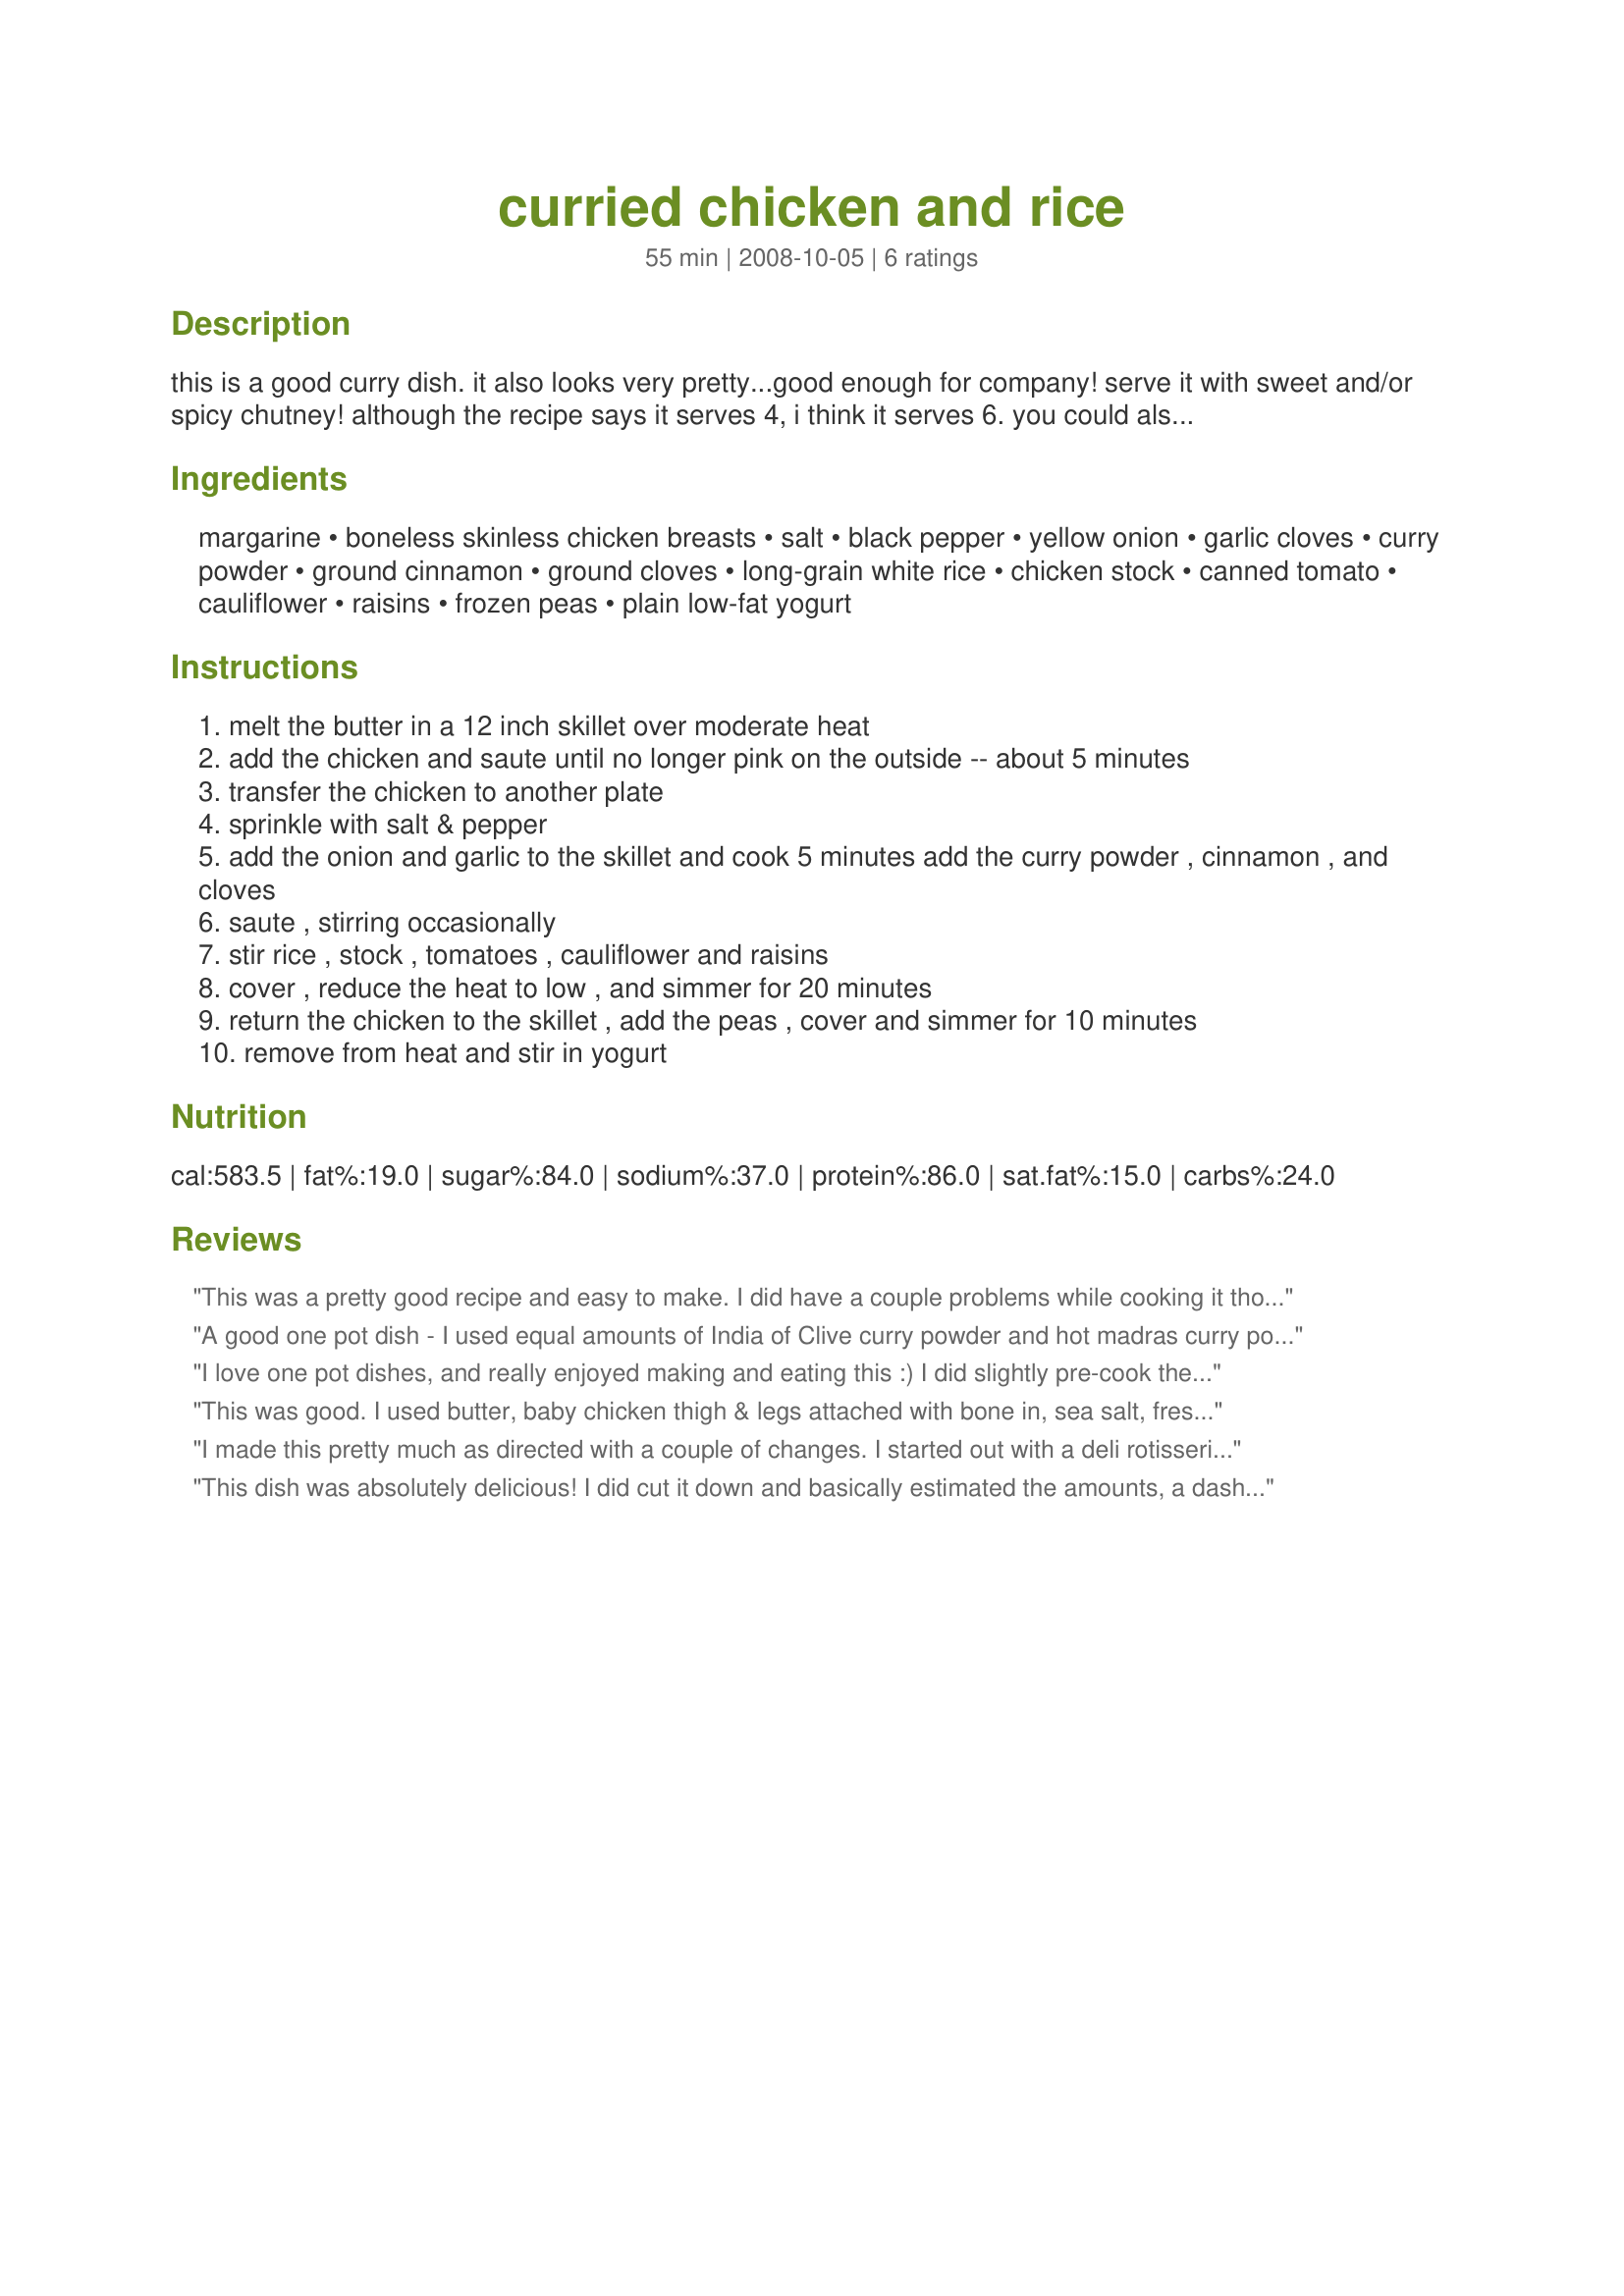
curried chicken and rice
Preparation time: 55 minutes

this is a good curry dish. it also looks very pretty...good enough for company! serve it with sweet and/or spicy chutney! although the recipe says it serves 4, i think it serves 6. you could also use this recipe for curried shrimp by substituting 1 1/4 lbs shelled and deveined shrimp. enjoy!

Ingredients:
margarine, boneless skinless chicken breasts, salt, black pepper, yellow onion, garlic cloves, curry powder, ground cinnamon, ground cloves, long-grain white rice, chicken stock, canned tomato, cauliflower, raisins, frozen peas, plain low-fat yogurt

Steps:
melt the butter in a 12 inch skillet over moderate heat
add the chicken and saute until no longer pink on the outside -- about 5 minutes
transfer the chicken to another plate
sprinkle with salt & pepper
add the onion and garlic to the skillet and cook 5 minutes add the curry powder , cinnamon , and cloves
saute , stirring occasionally
stir rice , stock , tomatoes , cauliflower and raisins
cover , reduce the heat to low , and simmer for 20 minutes
return the chicken to the skillet , add the peas , cover and simmer for 10 minutes
remove from heat and stir in yogurt

Reviews:
This was a pretty good recipe and easy to make. I did have a couple problems while cooking it though. I found that there after it was supposed to be done, that the rice was still crunchy and the liquid had disappeared. So I added another cup or so of stock and the rice and the cauliflower were both cooked by then. Maybe next time I make this I'd pre-cook the rice before adding it, same with the cauliflower, unless I just misunderstood and they were supposed to be cooked first. Either way, thanks for sharing this recipe :)
A good one pot dish - I used equal amounts of India of Clive curry powder and hot madras curry powder and omited the raisins and used Doongara rice for diabetic reasons but otherwise followed through as per recipe (except I foregot to add the sour cream at the end before serving) and everything cooked to perfection. The DH had an issue that he would have preferred his rice served on the side and then mix the curried chicken in to it but said the left overs (enough for 2 more serves) he would like in toated sandwiches or jaffles as we called them (see recipe #397003 Cheesy Chive and Onion Toasties/Jaffles for explanation) and for me well I didn't have enough control over the amount of rice I had and so had a slight spike inmy readings as I had to much in my portion. Overall the flavours were great and even the DM enjoyed and even stated that if there were left overs she would have for lunch and this is from a women who does not like curries or anything overy spicy but then again in goes back to the days when my dad made curries and they were definately always in the vindaloo range. Thanks you Breezermom, made for Photo Tag.
I love one pot dishes, and really enjoyed making and eating this :) I did slightly pre-cook the cauliflower, and let the peas defrost in a little water before using. I used basmati rice and didn't drain my canned tomatoes. Overall this was a nice curry, especially for people who dont enjoy hot or spicy curry. Thank you Breezermom, much enjoyed! Made for I Recommend tag game.<br/>Forgot to add that I did take your suggestion of shrimp and gently cooked some in garlic bautter, adding them to the curry when serving, as my daughter won't eat the shrimp! very nice!
This was good. I used butter, baby chicken thigh & legs attached with bone in, sea salt, freshly ground black pepper, recipe#442889, no ground cloves, Indian white Basmati rice, recipe#328649 as called for, Sunmaid Thompson raisins, frozen baby peas, served with Balkan (thick) yogurt which I mixed up to make a smooth consistency and served on the side, plus the rest of the ingredients. I did not measure amounts but made educated guesses as to amounts we like. I did slightly precook the cauliflower in a little water then added that to the onion spice mixture. After cooking the chicken until almost done I washed and soaked the Indian white Basmati rice and added the rest to the pot including sea salt to taste, brought to a boil, covered, reduced heat to low and cooked until the rice was done. Made for 1~2~3 Hits ~ Winter 2011.
I made this pretty much as directed with a couple of changes. I started out with a deli rotisserie chicken and shredded the chicken. I used home made chicken broth and basmati rice. Pretty simple and absolutely good tasting! Thanks breezer for another keeper. Made for ZWT8 - India.
This dish was absolutely delicious! I did cut it down and basically estimated the amounts, a dash of this and a splash of that, but the ens result was outstanding! Made for Zaar Stars, 2013
